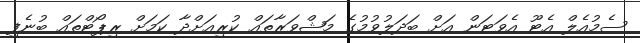
ސެމުއެލް އެޓޫ އެވަޓަން އަށް ބަދަލުވުމުގެ މަޝްވަރާތައް ކުރިއަށްދާ ކަމަށް ރިޕޯޓްތައް ބުނެފި